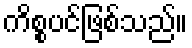
ကိစ္စပင်ဖြစ်သည်။